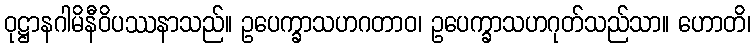
ဝုဋ္ဌာနဂါမိနီဝိပဿနာသည်။ ဥပေက္ခာသဟဂတာဝ၊ ဥပေက္ခာသဟဂုတ်သည်သာ။ ဟောတိ၊